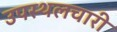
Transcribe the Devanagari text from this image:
उपस्थलचारी